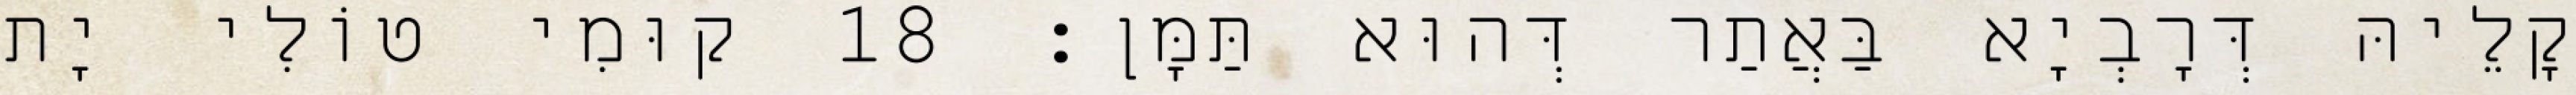
קָלֵיהּ דְּרָבְיָא בַּאֲתַר דְּהוּא תַּמָּן׃ 18 קוּמִי טוֹלִי יָת